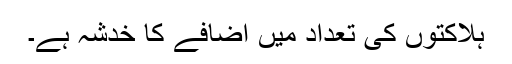
ہلاکتوں کی تعداد میں اضافے کا خدشہ ہے۔